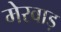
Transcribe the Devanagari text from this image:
मेरवाड़